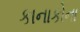
કાનાકોના